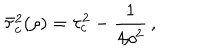
\bar { \tau } _ { c } ^ { 2 } ( \rho ) = \tau _ { c } ^ { 2 } - \frac { 1 } { 4 \rho ^ { 2 } } \, { , }